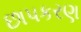
છાપકરણ